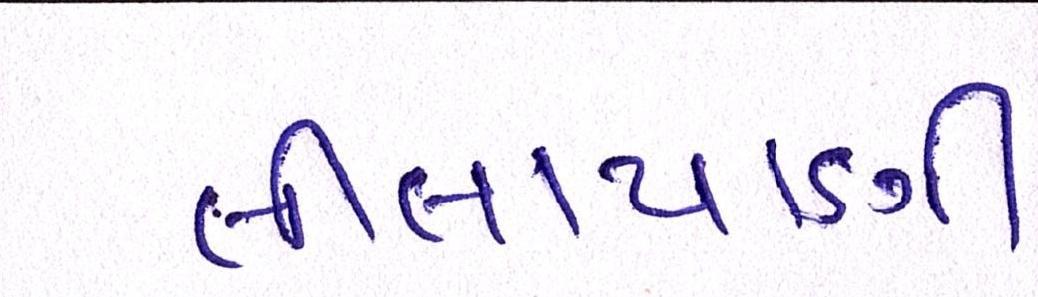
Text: લીલાપાણી